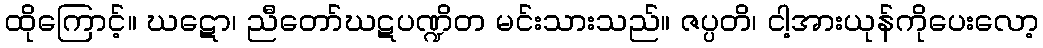
ထိုကြောင့်။ ဃဋော၊ ညီတော်ဃဋပဏ္ဍိတ မင်းသားသည်။ ဇပ္ပတိ၊ ငါ့အားယုန်ကိုပေးလော့